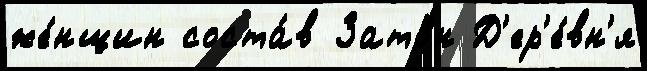
же́нщин соста́в Зато́н Д'ер'е́вн'я